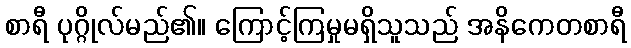
စာရီ ပုဂ္ဂိုလ်မည်၏။ ကြောင့်ကြမှုမရှိသူသည် အနိကေတစာရီ